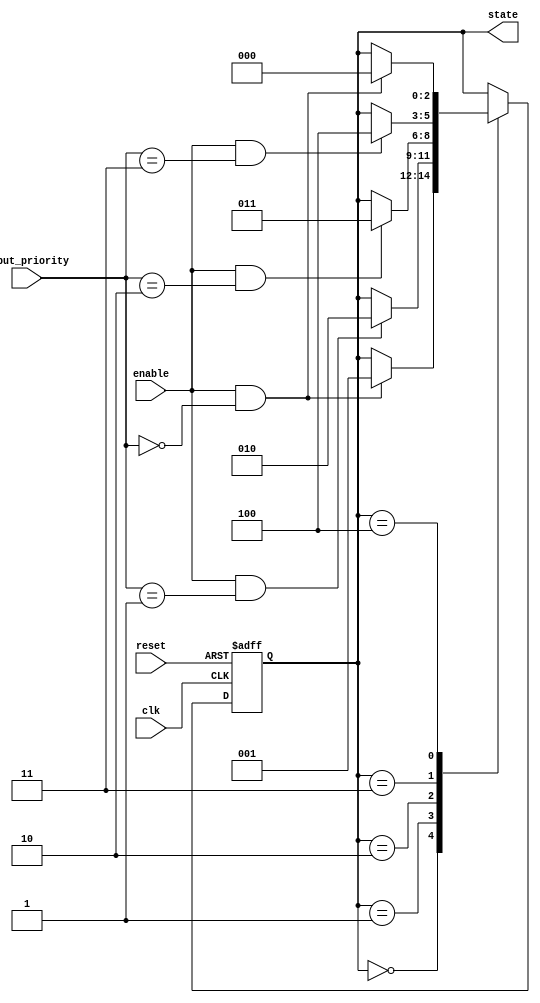
module state_machine (
    input clk,
    input reset,
    input enable,
    input [1:0] input_priority,
    output reg [2:0] state
);

// Define states
parameter STATE_A = 3'b000;
parameter STATE_B = 3'b001;
parameter STATE_C = 3'b010;
parameter STATE_D = 3'b011;
parameter STATE_E = 3'b100;

// Define output patterns for each state
reg output_a, output_b, output_c, output_d, output_e;

// Define state machine logic
always @(posedge clk or posedge reset) begin
    if (reset) begin
        state <= STATE_A;
    end else begin
        case (state)
            STATE_A: begin
                output_a = 1;
                output_b = 0;
                output_c = 0;
                output_d = 0;
                output_e = 0;
                
                if (enable && input_priority == 2'b00) begin
                    state <= STATE_B;
                end
            end
            
            STATE_B: begin
                output_a = 0;
                output_b = 1;
                output_c = 0;
                output_d = 0;
                output_e = 0;
                
                if (enable && input_priority == 2'b01) begin
                    state <= STATE_C;
                end
            end
            
            STATE_C: begin
                output_a = 0;
                output_b = 0;
                output_c = 1;
                output_d = 0;
                output_e = 0;
                
                if (enable && input_priority == 2'b10) begin
                    state <= STATE_D;
                end
            end
            
            STATE_D: begin
                output_a = 0;
                output_b = 0;
                output_c = 0;
                output_d = 1;
                output_e = 0;
                
                if (enable && input_priority == 2'b11) begin
                    state <= STATE_E;
                end
            end
            
            STATE_E: begin
                output_a = 0;
                output_b = 0;
                output_c = 0;
                output_d = 0;
                output_e = 1;
                
                if (enable && input_priority == 2'b00) begin
                    state <= STATE_A;
                end
            end
        endcase
    end
end

endmodule